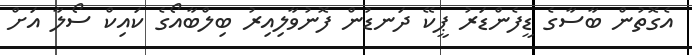
އެގޮތުން ބާސާގެ ޑީފެންޑަރު ޕީކޭ ދަނޑުން ފޮނުވާލިއިރު ބިލްބާއޯގެ ކައިކް ސޯލާ އަށް